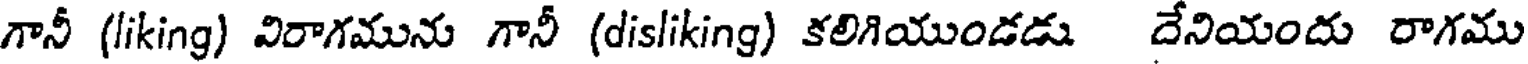
గానీ (liking) విరాగమును గానీ (disliking) కలిగియుండడు దేనియందు రాగము